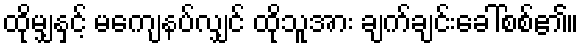
ထိုမျှနှင့် မကျေနပ်လျှင် ထိုသူအား ချက်ချင်းခေါ်စစ်၏။